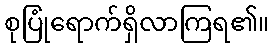
စုပြုံရောက်ရှိလာကြရ၏။